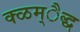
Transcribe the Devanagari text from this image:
क्ळम्ैद्ध